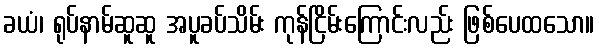
ခယံ၊ ရုပ်နာမ်ဆူဆူ အပူခပ်သိမ်း ကုန်ငြိမ်းကြောင်းလည်း ဖြစ်ပေထသော။